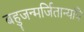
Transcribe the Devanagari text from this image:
बहुजन्मर्जितान्यपि